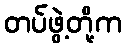
တပ်ဖွဲ့တို့က